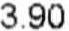
3.90